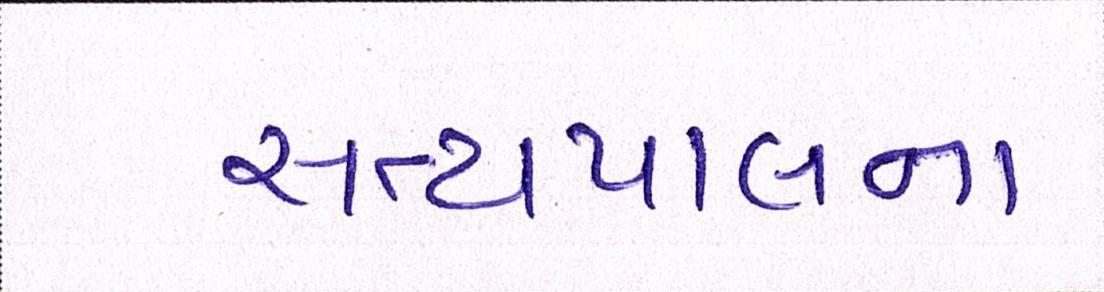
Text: સત્યપાલના